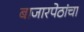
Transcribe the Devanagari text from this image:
बाजारपेठांचा